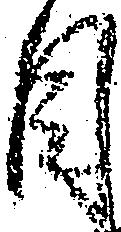
目